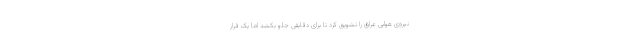
نیروی هوایی عراق را تشویق کرد تا برای دقایقی جلو بکشد اما یک فرار